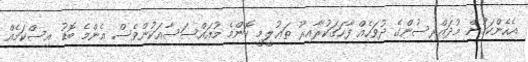
އެހެންކަމުން މުދައްރިސުންގެ ދުވަހެއް ފާހަގަކުރާއިރު ތަޢުލީމީ ކޮންމެ މުއައްސަސާއަކުންވެސް އެންމެ ބޮޑު އިސްކަމެއް